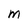
Character: M